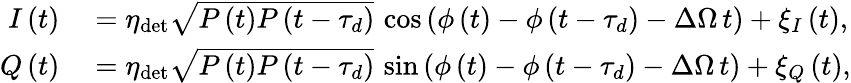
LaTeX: \begin{array}{rl}{I\left(t\right)}&{{}=\eta_{\mathrm{det}}\sqrt{P\left(t\right)P\left(t-\tau_{d}\right)}\, \cos{\left(\phi\left(t\right)-\phi\left(t-\tau_{d}\right)-\Delta\Omega\, t\right)}+\xi_{I}\left(t\right),}\\ {Q\left(t\right)}&{{}=\eta_{\mathrm{det}}\sqrt{P\left(t\right)P\left(t-\tau_{d}\right)}\, \sin{\left(\phi\left(t\right)-\phi\left(t-\tau_{d}\right)-\Delta\Omega\, t\right)}+\xi_{Q}\left(t\right),}\end{array}